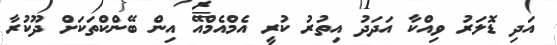
އަދި ޑޮލަރު ވިއްކާ އަދަދު އިތުރު ކުރީ އެމްއެމްއޭ އިން ބޭންކްތަކަށް ދޫކުރާ